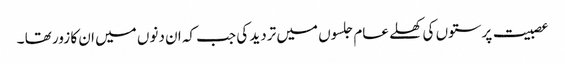
عصبیت پرستوں کی کھلے عام جلسوں میں تردید کی جب کہ ان دنوں میں ان کا زور تھا ۔